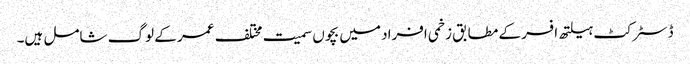
ڈسٹرکٹ ہیلتھ افسر کے مطابق زخمی افراد میں بچوں سمیت مختلف عمر کے لوگ شامل ہیں۔